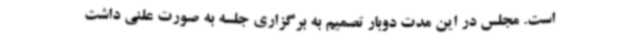
است. مجلس در این مدت دوبار تصمیم به برگزاری جلسه به صورت علنی داشت